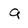
Character: g